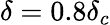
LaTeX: \delta=0.8\delta_{c}